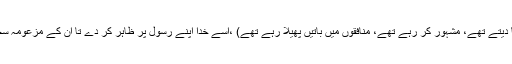
(اپنے جیسے لوگوں کو دھوکا دیتے تھے، مشہور کر رہے تھے، منافقوں میں باتیں پھیلا رہے تھے) ،اسے خدا اپنے رسولؐ پر ظاہر کر دے تا ان کے مزعومہ سحر کو ملیا میٹ کر دیا جائے۔